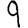
Digit: 9